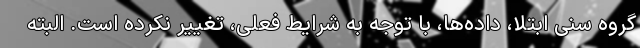
گروه سنی ابتلا، داده‌ها، با توجه به شرایط فعلی، تغییر نکرده است. البته